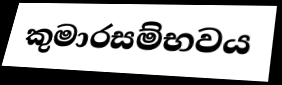
කුමාරසම්භවය